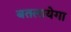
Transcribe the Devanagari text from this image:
बतलायेगा